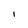
Character: l